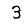
Digit: 3